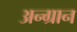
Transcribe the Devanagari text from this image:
अन्ग्रान